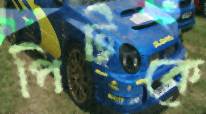
পিটকে